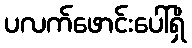
ပလက်ဖောင်းပေါ်ရှိ